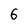
Character: 6